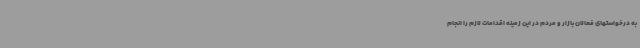
به درخواستهای فعالان بازار و مردم در این زمینه اقدامات لازم را انجام